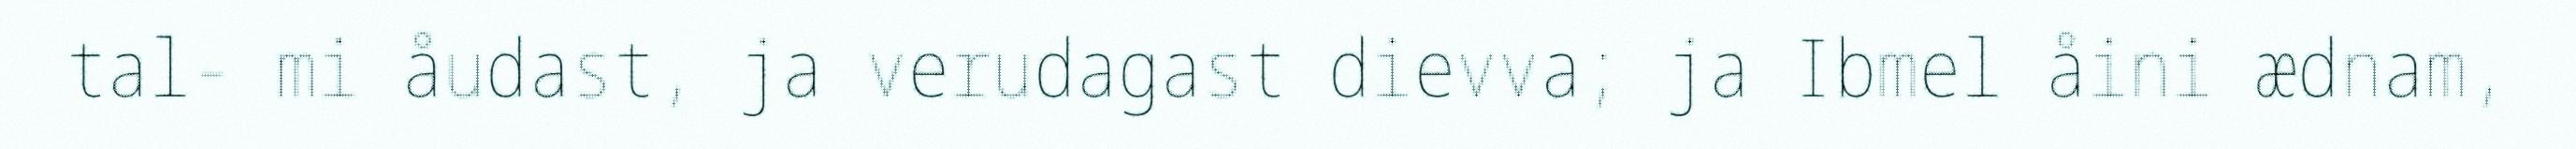
tal- mi åudast, ja verudagast dievva; ja Ibmel åini ædnam,